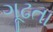
ગૂઢતા